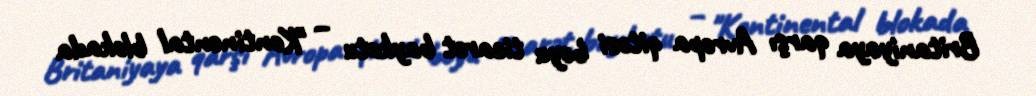
Britaniyaya qarşı Avropa qitəsi boyu ticarət baykotu – "Kontinental blokada